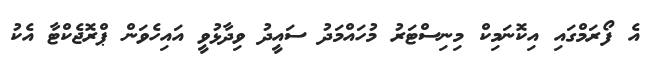
އެ ފޯރަމްގައި އިކޮނަމިކް މިނިސްޓަރު މުހައްމަދު ސައީދު ވިދާޅުވީ އައިހެވަން ޕްރޮޖެކްޓާ އެކު